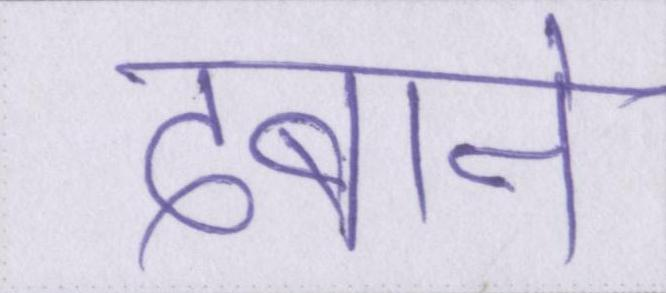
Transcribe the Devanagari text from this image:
दबाने